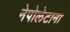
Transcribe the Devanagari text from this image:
नेपोलेटाना